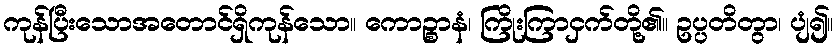
ကုန်ပြီးသောအတောင်ရှိကုန်သော။ ကောဉ္စာနံ၊ ကြိုးကြာငှက်တို့၏။ ဥပ္ပတိတွာ၊ ပျံ၍။